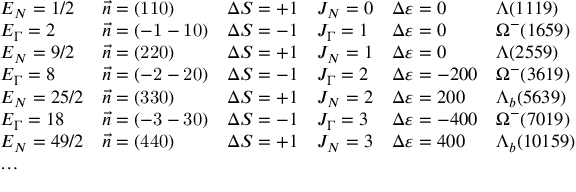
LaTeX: \begin{array} { l l l l l l } { { E _ { N } = 1 / 2 } } & { { \vec { n } = ( \mathrm { 1 1 0 } ) } } & { { \Delta S = + 1 } } & { { J _ { N } = 0 } } & { { \Delta \varepsilon = 0 } } & { { \Lambda ( 1 1 1 9 ) } } \\ { { E _ { \Gamma } = 2 } } & { { \vec { n } = ( \mathrm { - 1 - 1 0 } ) } } & { { \Delta S = - 1 } } & { { J _ { \Gamma } = 1 } } & { { \Delta \varepsilon = 0 } } & { { \Omega ^ { - } ( 1 6 5 9 ) } } \\ { { E _ { N } = 9 / 2 } } & { { \vec { n } = ( \mathrm { 2 2 0 } ) } } & { { \Delta S = + 1 } } & { { J _ { N } = 1 } } & { { \Delta \varepsilon = 0 } } & { { \Lambda ( 2 5 5 9 ) } } \\ { { E _ { \Gamma } = 8 } } & { { \vec { n } = ( \mathrm { - 2 - 2 0 } ) } } & { { \Delta S = - 1 } } & { { J _ { \Gamma } = 2 } } & { { \Delta \varepsilon = - 2 0 0 } } & { { \Omega ^ { - } ( 3 6 1 9 ) } } \\ { { E _ { N } = 2 5 / 2 } } & { { \vec { n } = ( \mathrm { 3 3 0 } ) } } & { { \Delta S = + 1 } } & { { J _ { N } = 2 } } & { { \Delta \varepsilon = 2 0 0 } } & { { \Lambda _ { b } ( 5 6 3 9 ) } } \\ { { E _ { \Gamma } = 1 8 } } & { { \vec { n } = ( \mathrm { - 3 - 3 0 } ) } } & { { \Delta S = - 1 } } & { { J _ { \Gamma } = 3 } } & { { \Delta \varepsilon = - 4 0 0 } } & { { \Omega ^ { - } ( 7 0 1 9 ) } } \\ { { E _ { N } = 4 9 / 2 } } & { { \vec { n } = ( \mathrm { 4 4 0 } ) } } & { { \Delta S = + 1 } } & { { J _ { N } = 3 } } & { { \Delta \varepsilon = 4 0 0 } } & { { \Lambda _ { b } ( 1 0 1 5 9 ) } } \\ { { \ldots } } & { { } } & { { } } & { { } } & { { } } & { { } } \end{array}